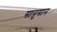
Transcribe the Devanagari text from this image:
सानुमान